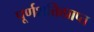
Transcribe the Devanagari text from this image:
पूर्णशक्तिप्राप्त